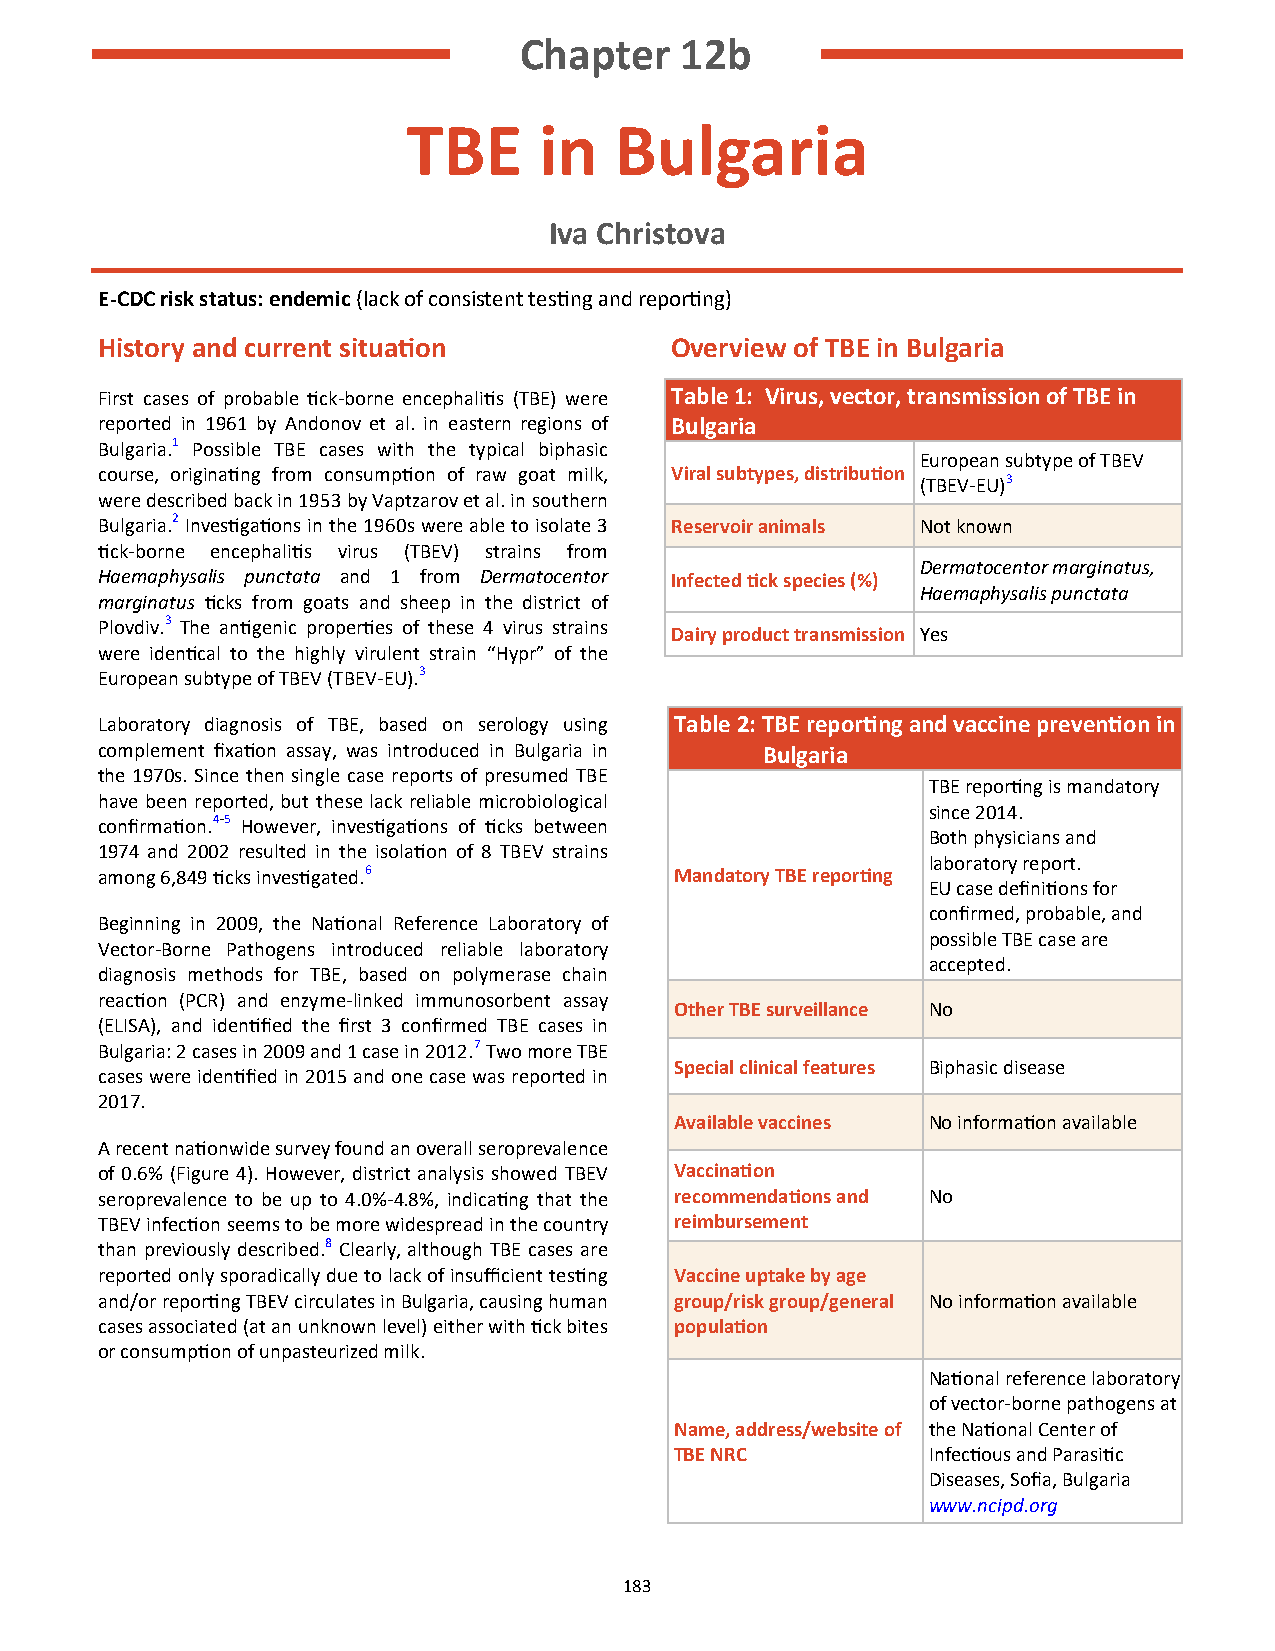
Chapter    12b
 TBE      in   Bulgaria
 Iva Christova
 E-CDC risk status: endemic (lack of consistent testing and reporting)
 History and current situation        Overview of TBE in Bulgaria
 First cases of probable tick-borne encephalitis (TBE) were Table 1: Virus, vector, transmission of TBE in
 reported in 1961 by Andonov et al. in eastern regions of Bulgaria
 Bulgaria.1 Possible TBE cases with the typical biphasic
 European subtype of TBEV
 course, originating from consumption of raw goat milk, Viral subtypes, distribution
 (TBEV-EU)3
 were described back in 1953 by Vaptzarov et al. in southern
 Bulgaria.2 Investigations in the 1960s were able to isolate 3 Reservoir animals Not known
 tick-borne encephalitis virus (TBEV) strains from
 Dermatocentor marginatus,
 Haemaphysalis punctata and 1 from Dermatocentor Infected tick species (%)
 Haemaphysalis punctata
 marginatus ticks from goats and sheep in the district of
 Plovdiv.3 The antigenic properties of these 4 virus strains
 Dairy product transmission Yes
 were identical to the highly virulent strain “Hypr” of the
 European subtype of TBEV (TBEV-EU).3
 Laboratory diagnosis of TBE, based on serology using Table 2: TBE reporting and vaccine prevention in
 complement fixation assay, was introduced in Bulgaria in Bulgaria
 the 1970s. Since then single case reports of presumed TBE
 TBE reporting is mandatory
 have been reported, but these lack reliable microbiological
 since 2014.
 confirmation.4-5 However, investigations of ticks between
 Both physicians and
 1974 and 2002 resulted in the isolation of 8 TBEV strains
 laboratory report.
 among 6,849 ticks investigated.6      Mandatory TBE reporting
 EU case definitions for
 confirmed, probable, and
 Beginning in 2009, the National Reference Laboratory of
 possible TBE case are
 Vector-Borne Pathogens introduced reliable laboratory
 accepted.
 diagnosis methods for TBE, based on polymerase chain
 reaction (PCR) and enzyme-linked immunosorbent assay
 Other TBE surveillance No
 (ELISA), and identified the first 3 confirmed TBE cases in
 Bulgaria: 2 cases in 2009 and 1 case in 2012.7 Two more TBE
 Special clinical features Biphasic disease
 cases were identified in 2015 and one case was reported in
 2017.
 Available vaccines No information available
 A recent nationwide survey found an overall seroprevalence
 of 0.6% (Figure 4). However, district analysis showed TBEV Vaccination
 seroprevalence to be up to 4.0%-4.8%, indicating that the recommendations and No
 TBEV infection seems to be more widespread in the country reimbursement
 than previously described.8 Clearly, although TBE cases are
 reported only sporadically due to lack of insufficient testing Vaccine uptake by age
 and/or reporting TBEV circulates in Bulgaria, causing human group/risk group/general No information available
 cases associated (at an unknown level) either with tick bites population
 or consumption of unpasteurized milk.
 National reference laboratory
 of vector-borne pathogens at
 Name, address/website of the National Center of
 TBE NRC         Infectious and Parasitic
 Diseases, Sofia, Bulgaria
 www.ncipd.org
 183